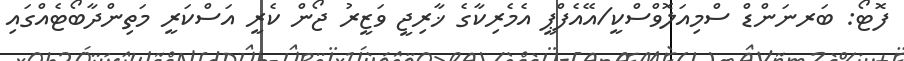
ފޮޓޯ: ބަރނަންޑް ސްމިއަލޮވްސްކީ/އޭއެފްޕީ އެމެރިކާގެ ޚާރިޖީ ވަޒީރު ޖޯން ކެރީ އަސްކަރީ މަތިންދާބޯޓެއްގައި